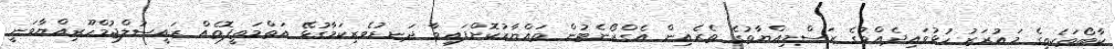
ކާބޯތަކެތީގެ މައުރަޒު ހުޅުވައިދެއްވުގެ ރަސްމިއްޔާތުގެ ތެރެއިން އެގްރޯނެޓުން ތައްޔާރުކޮށްފައިވާ ދަނޑުވެރިކަމާގުޅޭ އަތްމަތީފޮތެއް ރައީސުލްޖުމްހޫރިއްޔާވަނީ